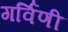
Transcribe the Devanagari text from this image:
गर्विणी